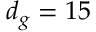
d _ { g } = 1 5